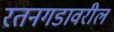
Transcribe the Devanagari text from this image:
रतनगडावरील